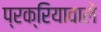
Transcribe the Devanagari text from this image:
प्रक्रियावाले